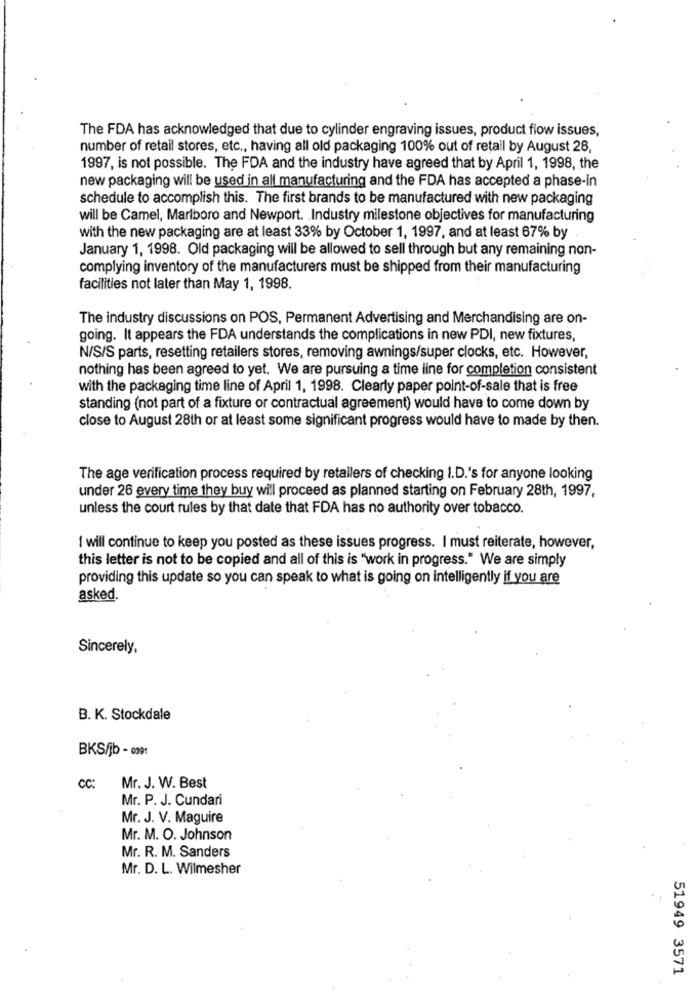
The FDA has acknowledged that due to cylinder engraving issues, product flow issues,
number of retail stores, etc ., having all old packaging 100% out of retail by August 28,
1997, is not possible. The FDA and the industry have agreed that by April 1, 1998, the
new packaging will be used in all manufacturing and the FDA has accepted a phase-In
schedule to accomplish this. The first brands to be manufactured with new packaging
will be Camel, Marlboro and Newport. . Industry milestone objectives for manufacturing
with the new packaging are at least 33% by October 1, 1997, and at least 67% by
January 1, 1998. Old packaging will be allowed to sell through but any remaining non-
complying inventory of the manufacturers must be shipped from their manufacturing
facilities not later than May 1, 1998.
The industry discussions on POS, Permanent Advertising and Merchandising are on-
going. It appears the FDA understands the complications in new PDI, new fixtures,
N/S/S parts, resetting retailers stores, removing awnings/super clocks, etc. However,
nothing has been agreed to yet. We are pursuing a time line for completion consistent
with the packaging time line of April 1, 1998. Clearly paper point-of-sale that is free
standing (not part of a fixture or contractual agreement) would have to come down by
close to August 28th or at least some significant progress would have to made by then.
The age verification process required by retailers of checking I.D.'s for anyone looking
under 26 every time they buy will proceed as planned starting on February 28th, 1997,
unless the court rules by that date that FDA has no authority over tobacco.
I will continue to keep you posted as these issues progress. I must reiterate, however,
this letter is not to be copied and all of this is "work in progress." We are simply
providing this update so you can speak to what is going on intelligently if you are
asked
Sincerely,
B. K. Stockdale
BKS/jb - 0391
CC:
Mr. J. W. Best
Mr. P. J. Cundari
Mr. J. V. Maguire
Mr. M. O. Johnson
Mr. R. M. Sanders
Mr. D. L. Wilmesher
51949 3571